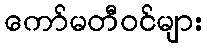
ကော်မတီဝင်များ